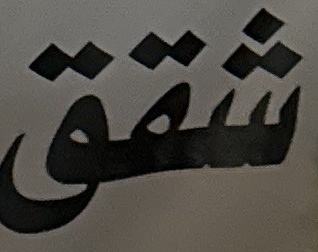
شقق